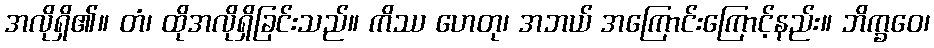
အလိုရှိ၏။ တံ၊ ထိုအလိုရှိခြင်းသည်။ ကိဿ ဟေတု၊ အဘယ် အကြောင်းကြောင့်နည်း။ ဘိက္ခဝေ၊